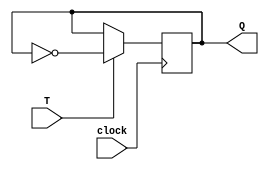
module t_flip_flop(
    input T,
    input clock,
    output reg Q
);

always @(posedge clock) begin
    if(T == 1'b1)
        Q <= ~Q;
end

endmodule